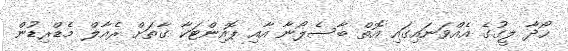
ހޯދާ ލީގުގެ އެއްވަނައިގައި އޮތް ބާސެލޯނާ އާއި ޕޮއިންޓަކާ ގާތަށް ރެއާލް މެޑްރިޑުން